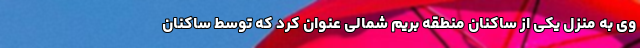
وی به منزل یکی از ساکنان منطقه بریم شمالی عنوان کرد که توسط ساکنان